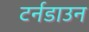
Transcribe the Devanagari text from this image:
टर्नडाउन